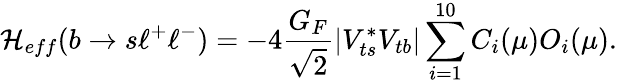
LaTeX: {\cal H}_{eff}(b\to s\ell^{+}\ell^{-})=-4\frac{G_{F}}{\sqrt{2}}|V_{ts}^{*}V_{tb}|\sum_{i=1}^{10}C_{i}(\mu)O_{i}(\mu).